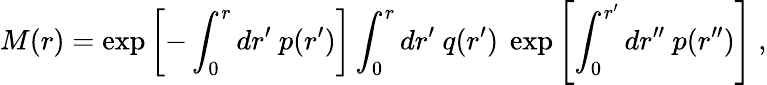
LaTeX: M(r)=\exp\left[-\int_{0}^{r}dr^{\prime}\ p(r^{\prime})\right]\int_{0}^{r}dr^{\prime}\ q(r^{\prime})\ \exp\left[\int_{0}^{r^{\prime}}dr^{\prime\prime}\ p(r^{\prime\prime})\right]\ ,